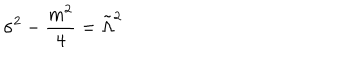
\sigma ^ { 2 } - \frac { m ^ { 2 } } { 4 } = \tilde { \Lambda } ^ { 2 }